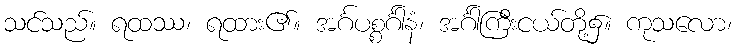
သင်သည်။ ရထဿ၊ ရထား၏။ အင်္ဂပစ္စင်္ဂါနံ၊ အင်္ဂါကြီးငယ်တို့၌။ ကုသလော၊